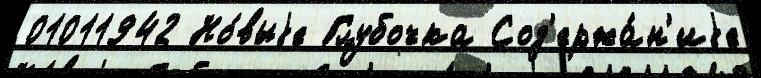
01011942 Но́выjе Глубочка Сод'ержа́н'иjе